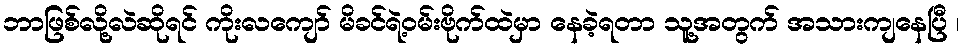
ဘာဖြစ်လို့လဲဆိုရင် ကိုးလကျော် မိခင်ရဲ့ဝမ်းဗိုက်ထဲမှာ နေခဲ့ရတာ သူ့အတွက် အသားကျနေပြီ ၊